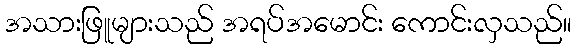
အသားဖြူများသည် အရပ်အမောင်း ကောင်းလှသည်။